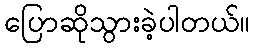
ပြောဆိုသွားခဲ့ပါတယ်။